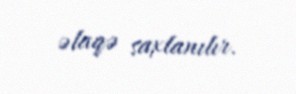
əlaqə saxlanılır.